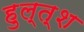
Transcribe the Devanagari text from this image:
हुल्त्श